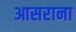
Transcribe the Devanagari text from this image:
आसराना